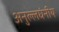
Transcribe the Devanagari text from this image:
अनुल्लघंनीय